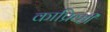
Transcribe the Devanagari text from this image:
काप्रिव्ही